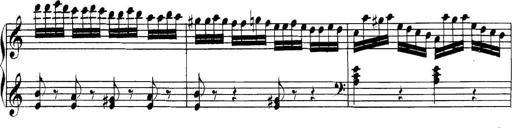
Title: Collected Piano Sonatas
Composer: Muzio Clementi